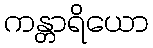
ကန္တာရိယော